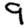
Digit: 9